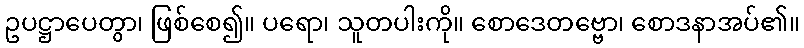
ဥပဋ္ဌာပေတွာ၊ ဖြစ်စေ၍။ ပရော၊ သူတပါးကို။ စောဒေတဗ္ဗော၊ စောဒနာအပ်၏။